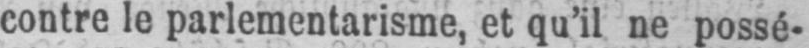
contre le parlementarisme, et qu’il ne possé-